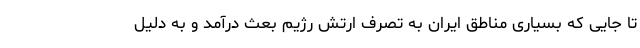
تا جایی که بسیاری مناطق ایران به تصرف ارتش رژیم بعث درآمد و به دلیل